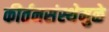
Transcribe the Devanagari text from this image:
कीर्तनसंस्थेमुळे